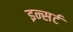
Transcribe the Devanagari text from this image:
इन्सर्ट